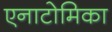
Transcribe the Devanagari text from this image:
एनाटोमिका